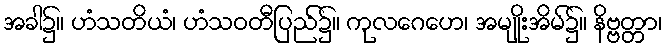
အခါ၌။ ဟံသတိယံ၊ ဟံသဝတီပြည်၌။ ကုလဂေဟေ၊ အမျိုးအိမ်၌။ နိဗ္ဗတ္တာ၊